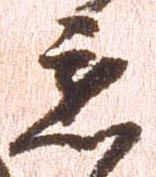
懇